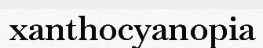
xanthocyanopia